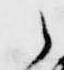
之